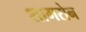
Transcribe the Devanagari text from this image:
शागरोन